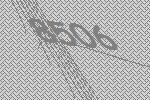
8506